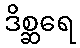
ဒိစ္ဆရေ